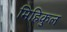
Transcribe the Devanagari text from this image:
मिहिकुल